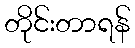
တိုင်းတာရန်